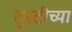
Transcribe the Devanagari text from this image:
तुरटीच्या